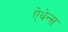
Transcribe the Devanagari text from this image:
ऐथेन्स